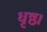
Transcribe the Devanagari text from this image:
धृष्ठ।